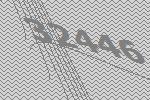
32446